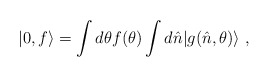
\begin{align*}|0,f\rangle = \int d\theta f(\theta)\int d\hat n |g(\hat n,\theta)\rangle~,\end{align*}